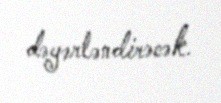
dəyərləndirəcək.